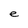
Character: e